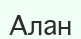
Алан